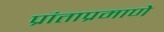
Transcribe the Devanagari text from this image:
प्रांताप्रमाणे